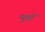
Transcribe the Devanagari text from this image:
मुन्नों